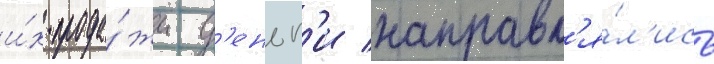
и́х прода́жи д'еньг'и направл'я́л'ись